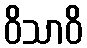
ဝိသာဝိ